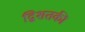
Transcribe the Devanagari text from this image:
द्विशतकी